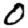
Digit: 0